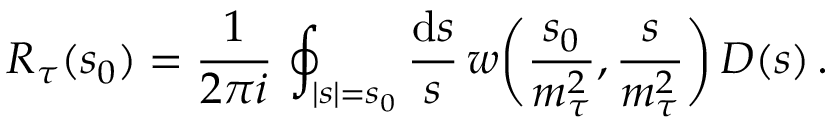
R _ { \tau } ( s _ { 0 } ) = { \frac { 1 } { 2 \pi i } } \, \oint _ { | s | = s _ { 0 } } { \frac { \mathrm { d } s } { s } } \, w \bigg ( { \frac { s _ { 0 } } { m _ { \tau } ^ { 2 } } } , { \frac { s } { m _ { \tau } ^ { 2 } } } \bigg ) \, D ( s ) \, .